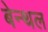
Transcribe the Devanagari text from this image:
बेन्थल